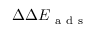
\Delta \Delta E _ { \mathrm { ~ a ~ d ~ s ~ } }